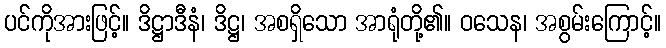
ပင်ကိုအားဖြင့်။ ဒိဋ္ဌာဒီနံ၊ ဒိဋ္ဌ၊ အစရှိသော အာရုံတို့၏။ ဝသေန၊ အစွမ်းကြောင့်။